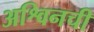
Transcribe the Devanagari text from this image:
अश्विनची